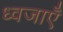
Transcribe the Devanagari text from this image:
ध्वजाएँ